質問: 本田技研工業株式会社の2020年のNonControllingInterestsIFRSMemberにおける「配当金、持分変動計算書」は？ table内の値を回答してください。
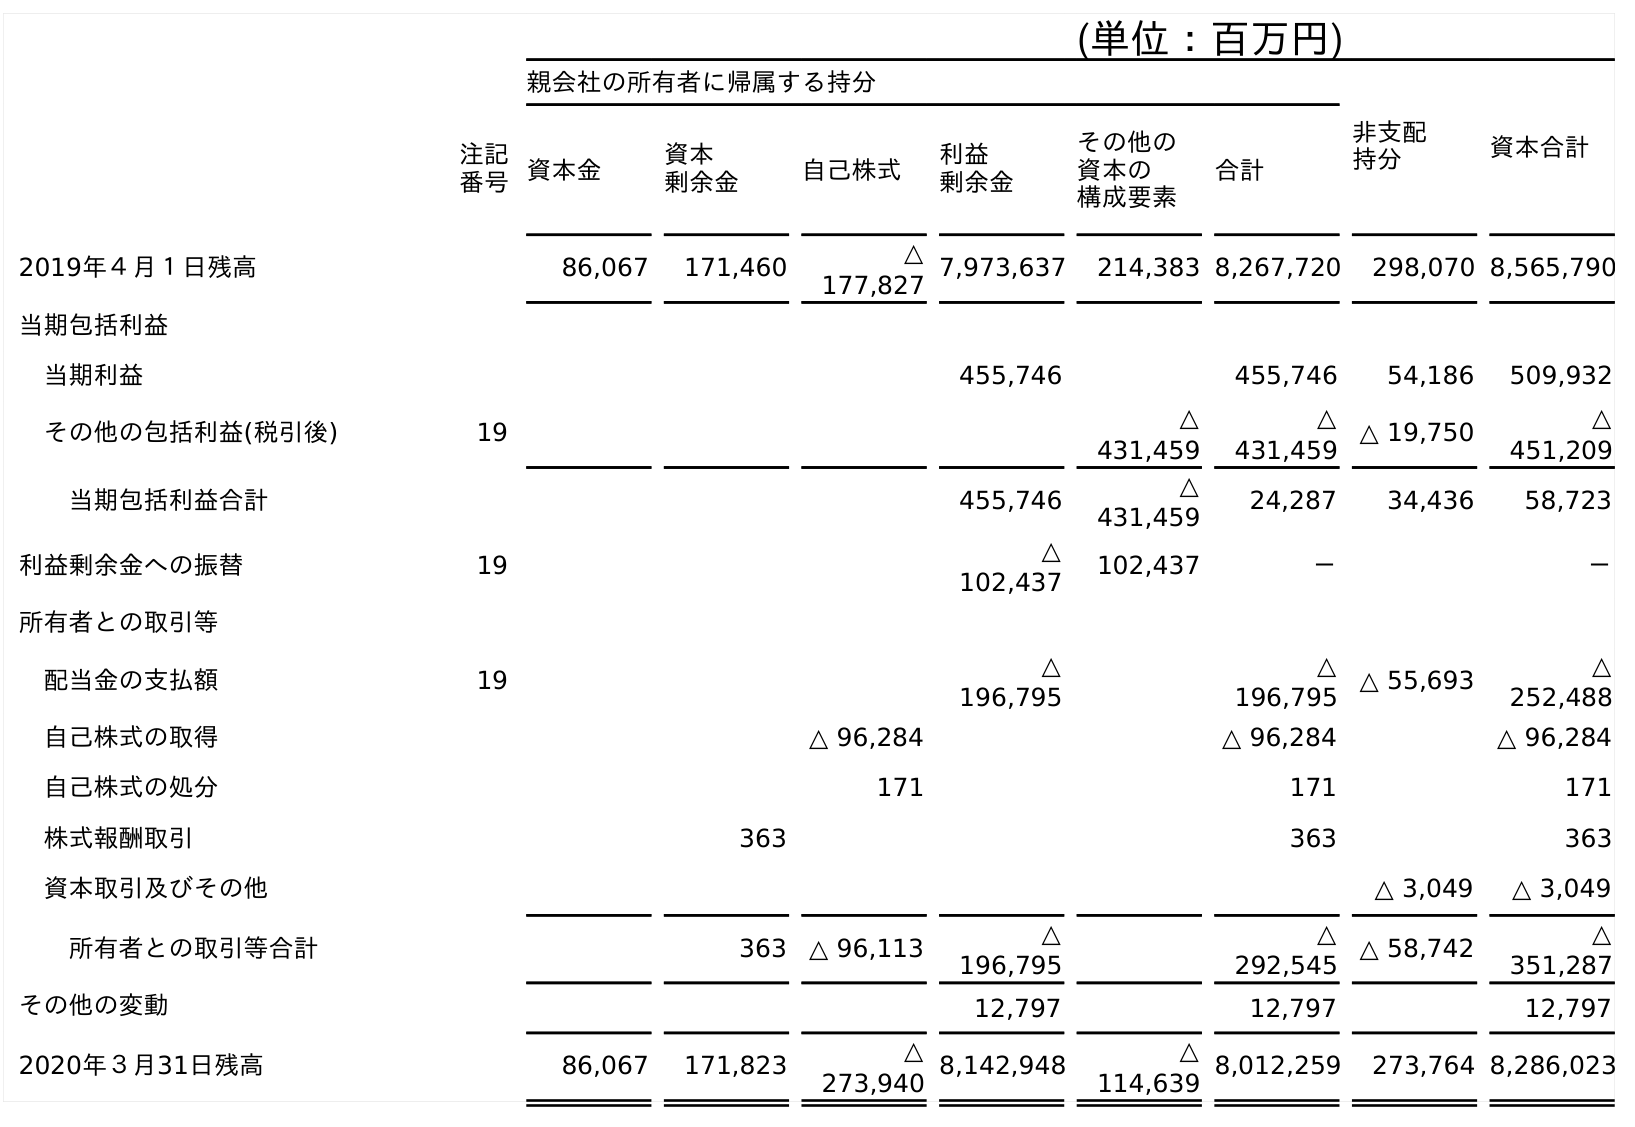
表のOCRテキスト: (単位：百万円) 親会社の所有者に帰属する持分 非支配 持分 資本合計 注記 番号資本金 資本 剰余金 自己株式 利益 剰余金 その他の 資本の 構成要素 合計 2019年４月１日残高 86,067 171,460 △ 177,827 7,973,637 214,383 8,267,720 298,070 8,565,790 当期包括利益 当期利益 455,746 455,746 54,186 509,932 その他の包括利益(税引後) 19 △ 431,459 △ 431,459 △ 19,750 △ 451,209 当期包括利益合計 455,746 △ 431,459 24,287 34,436 58,723 利益剰余金への振替 19 △ 102,437 102,437 － － 所有者との取引等 配当金の支払額 19 △ 196,795 △ 196,795 △ 55,693 △ 252,488 自己株式の取得 △ 96,284 △ 96,284 △ 96,284 自己株式の処分 171 171 171 株式報酬取引 363 363 363 資本取引及びその他 △ 3,049 △ 3,049 所有者との取引等合計 363 △ 96,113 △ 196,795 △ 292,545 △ 58,742 △ 351,287 その他の変動 12,797 12,797 12,797 2020年３月31日残高 86,067 171,823 △ 273,940 8,142,948 △ 114,639 8,012,259 273,764 8,286,023
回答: △55,693